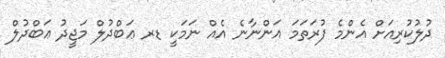
ދުލުކުރިއަށް އެންމެ ފުރަތަމަ އަންނާނެ އެއް ނަމަކީ ޑރ ޢަބްދުލް މަޖީދު ޢަބްދުލް